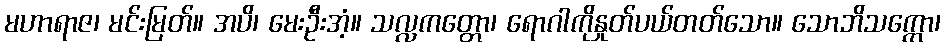
မဟာရာဇ၊ မင်းမြတ်။ အပိ၊ မေးဦးအံ့။ သလ္လကတ္တော၊ ရောဂါကိုနှုတ်ပယ်တတ်သော။ သောဘိသက္ကော၊